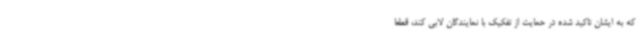
که به ایشان تاکید شده در حمایت از تفکیک با نمایندگان لابی کند، قطعا